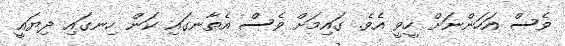
ވެސް އަހަންނަށް ހީވީ އެވެ. ގައިމަށް ވެސް އެތާނގައި ކަން ހިނގައި ދިޔައީ